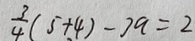
\frac { 3 } { 4 } ( 5 + 4 ) - 2 a = 2